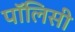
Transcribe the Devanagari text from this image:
पाॅलिसी